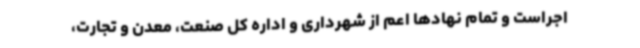
اجراست و تمام نهادها اعم از شهرداری و اداره کل صنعت، معدن و تجارت،